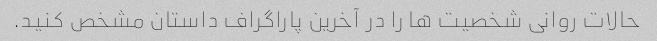
حالات روانی شخصیت ها را در آخرین پاراگراف داستان مشخص کنید.